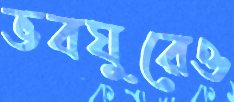
ভবঘুরেও